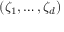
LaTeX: ( \zeta _ { 1 } , \ldots , \zeta _ { d } )